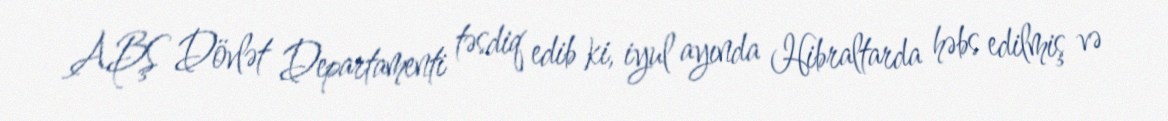
ABŞ Dövlət Departamenti təsdiq edib ki, iyul ayında Hibraltarda həbs edilmiş və